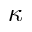
\kappa